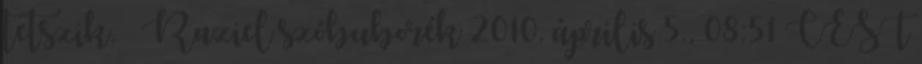
tetszik. → Raziel szóbuborék 2010. április 5., 08:51 CEST